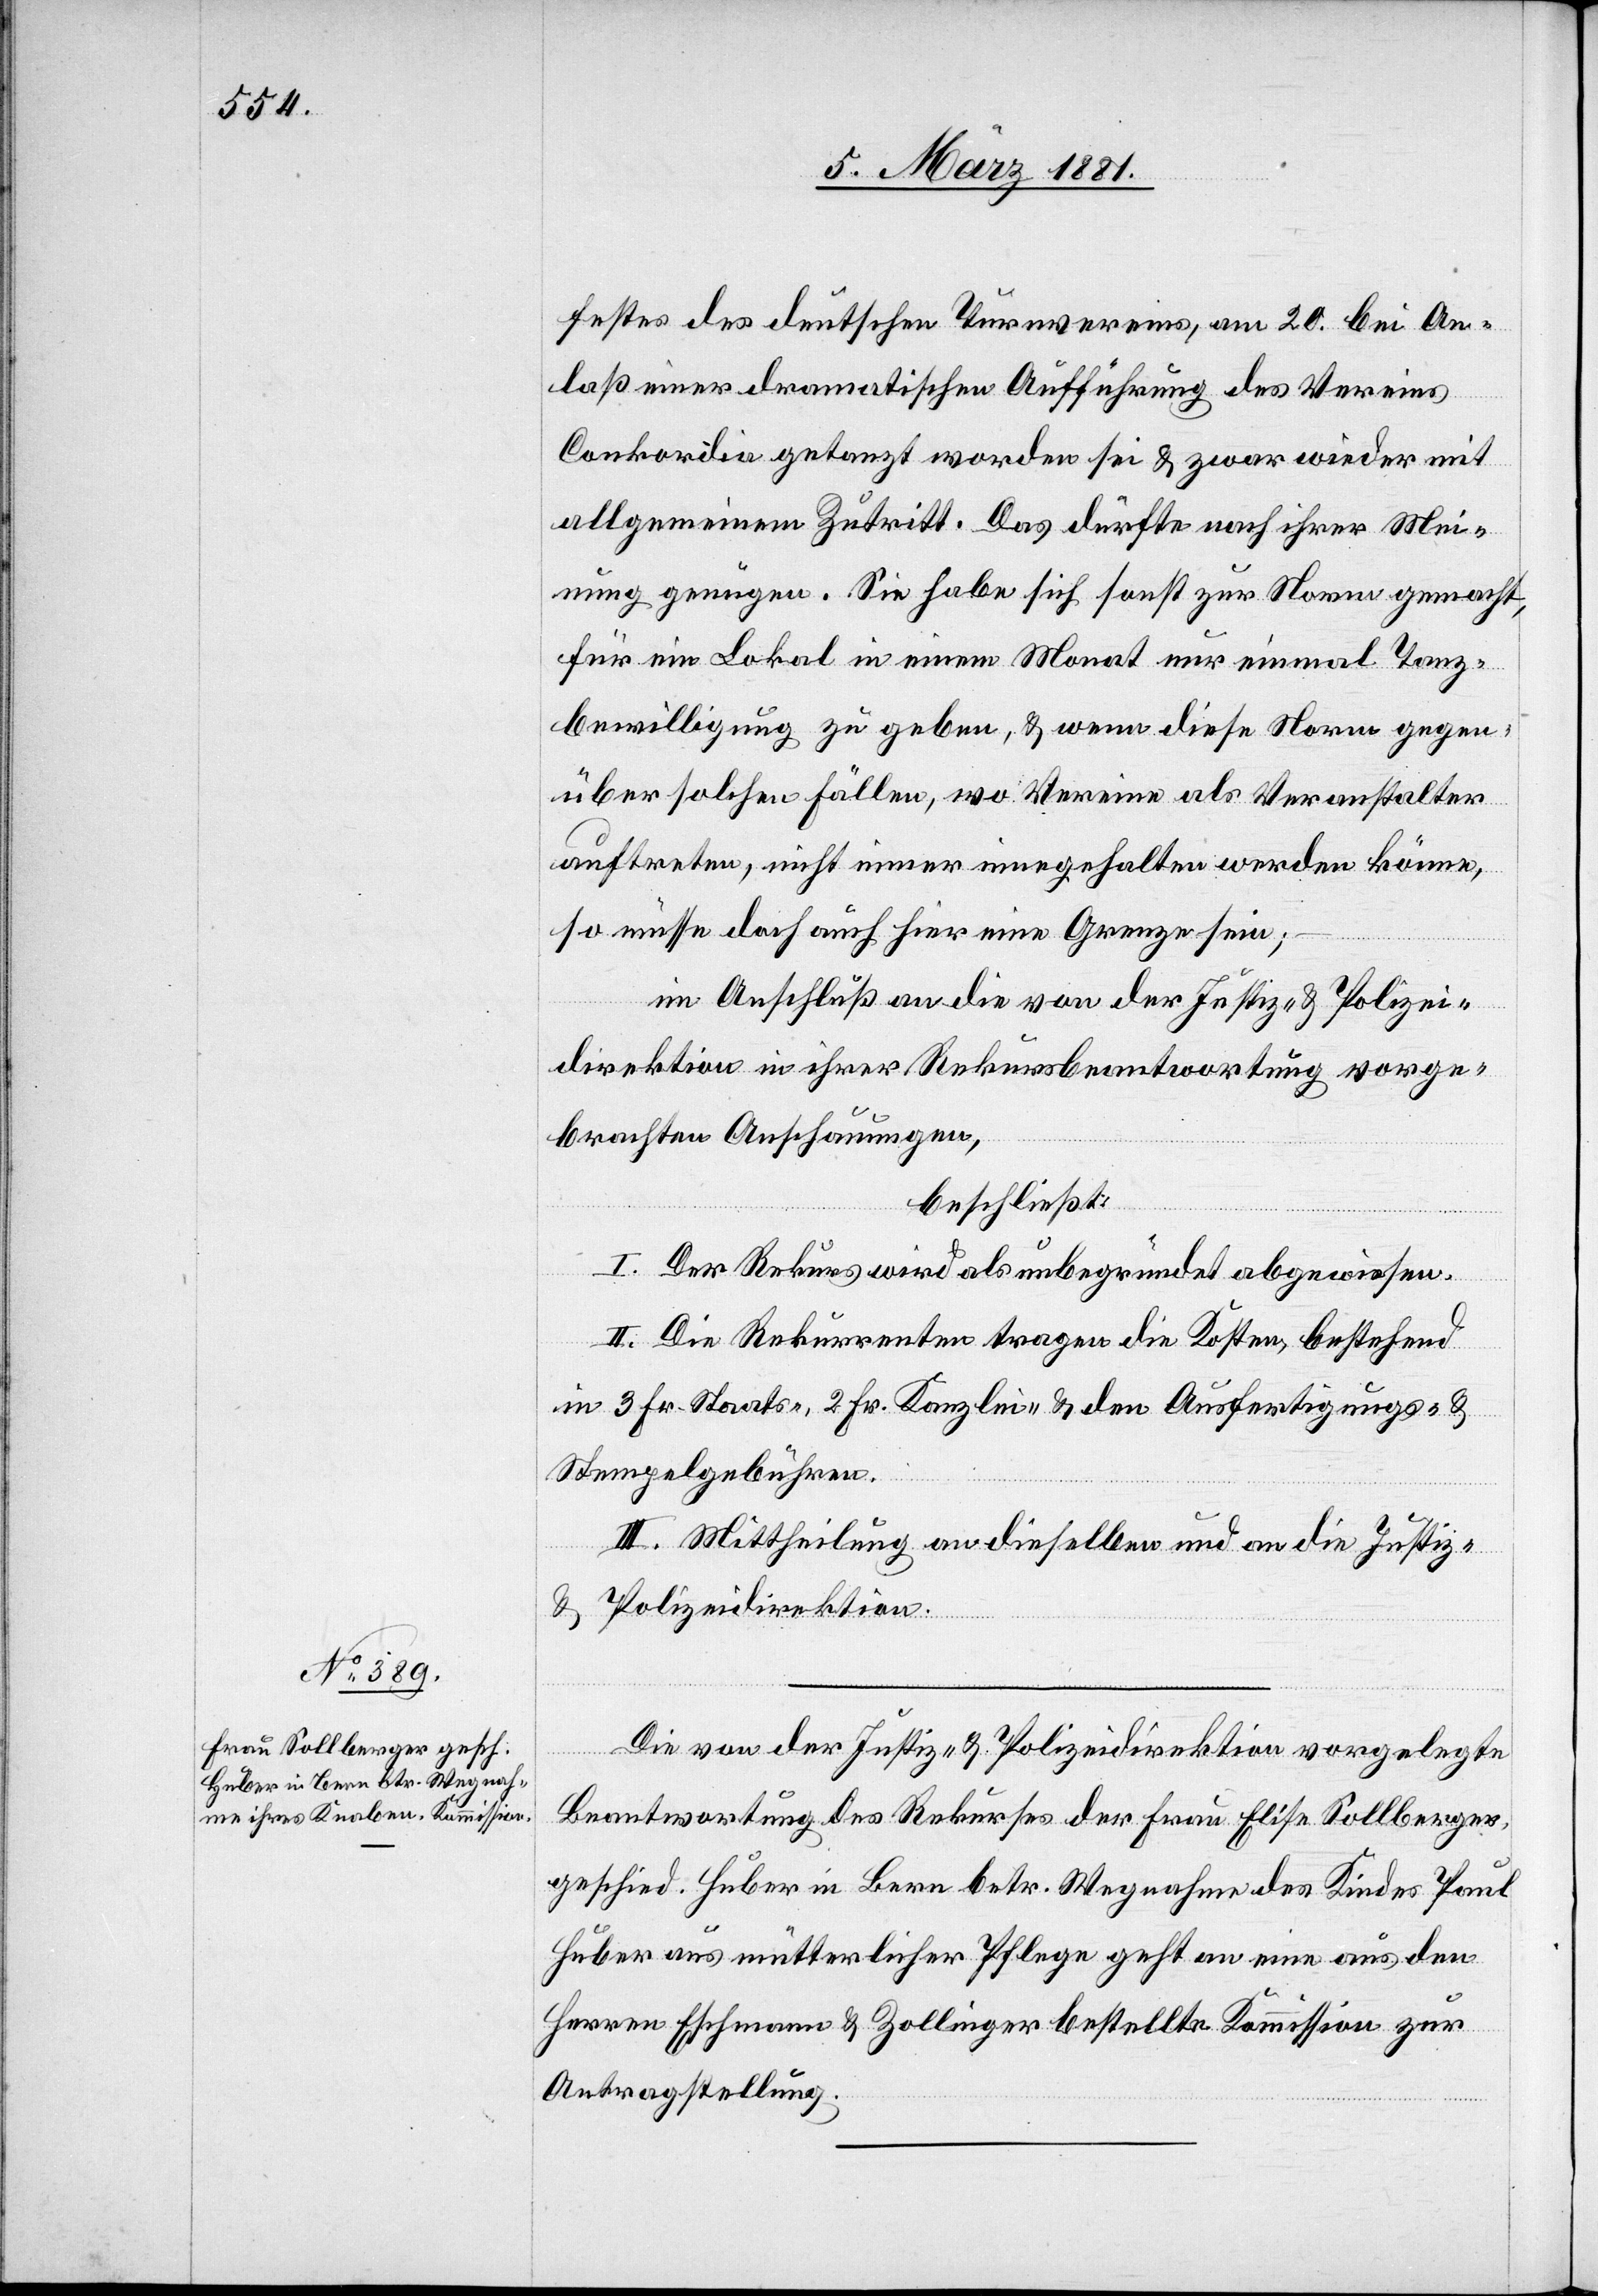
festes des deutschen Turnvereins, am 20. bei An¬
laß einer dramatischen Aufführung des Vereins
Conkordia getanzt worden sei & zwar wieder mit
allgemeinem Zutritt. Das dürfte nach ihrer Mei¬
nung genügen. Sie habe sich sonst zur Norm gemacht,
für ein Lokal in einem Monat nur einmal Tanz¬
bewilligung zu geben, & wenn diese Norm gegen¬
über solchen Fällen, wo Vereine als Veranstalter
auftreten, nicht immer innegehalten werden könne,
so müsse doch auch hier eine Grenze sein;
im Anschluß an die von der Justiz- & Polizei¬
direktion in ihrer Rekursbeantwortung vorge¬
brachten Anschauungen,
beschließt:
I. Der Rekurs wird als unbegründet abgewiesen.
II. Die Rekurrenten tragen die Kosten, bestehend
in 3 Fr. Staats-, 2 Fr. Kanzlei- & den Ausfertigungs- &
Stempelgebühren.
III. Mittheilung an dieselben und an die Justiz-
&
Polizeidirektion.
Die von der Justiz- & Polizeidirektion vorgelegte
Beantwortung des Rekurses der Frau Elise Sollberger
gesch. Huber in Bern betr. Wegnahme des Kindes Paul
Huber aus mütterlicher Pflege geht an eine aus den
Herren Eschmann & Zollinger bestellte Kommission zur
Antragstellung.